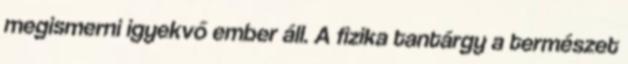
megismerni igyekvő ember áll. A fizika tantárgy a természet